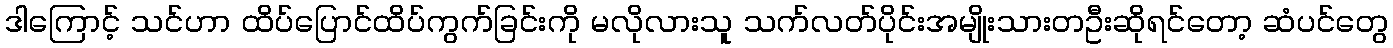
ဒါကြောင့် သင်ဟာ ထိပ်ပြောင်ထိပ်ကွက်ခြင်းကို မလိုလားသူ သက်လတ်ပိုင်းအမျိုးသားတဦးဆိုရင်တော့ ဆံပင်တွေ